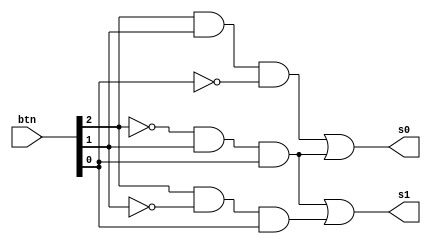
module pontuar(btn,s0,s1);
	input [0:2] btn;
	output s0, s1;
	
	wire [0:2] fio;
	
	not not0(inv0, btn[0]);   // btn[0] retorna 11
	not not1(inv1, btn[1]);  // btn[1] retorna 10
	not not2(inv2, btn[2]); // btn[2] retorna 01
	
	//and and0(fio[0], inv0, inv1, btn[2]);
	and and0(fio[0], btn[0], btn[1], inv2); // sinal invertido pala funcionar no CPLD
	//and and1(fio[1], btn[0], inv1, inv2);
	and and1(fio[1], inv0, btn[1], btn[2]); // sinal invertido pala funcionar no CPLD
	or or0(s0, fio[0], fio[1]);
	
	//and and3(fio[2], inv0, btn[1],inv2);
	and and3(fio[2], btn[0], inv1,btn[2]); // sinal invertido pala funcionar no CPLD
	or or1(s1, fio[1], fio[2]);

	
endmodule